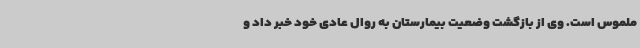
ملموس است. وی از بازگشت وضعیت بیمارستان به روال عادی خود خبر داد و